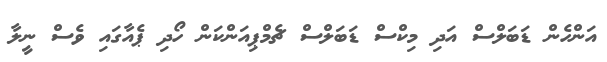
އަންހެން ޑަބަލްސް އަދި މިކްސް ޑަބަލްސް ޗެމްޕިއަންކަން ހޯދި ޕެއާގައި ވެސް ނީލާ